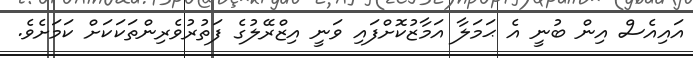
އައިއެސް އިން ބުނީ އެ ޙަމަލާ އަމާޒުކޮށްފައި ވަނީ އިޒްރޭލުގެ ފަތުރުވެރިންތަކަކަށް ކަމަށެވެ.